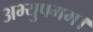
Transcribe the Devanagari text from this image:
अभ्युपगम।